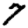
Digit: 7